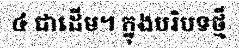
៤ ជាដើម។ ក្នុងបរិបទថ្មី